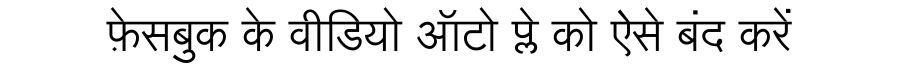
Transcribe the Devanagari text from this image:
फ़ेसबुक के वीडियो ऑटो प्ले को ऐसे बंद करें